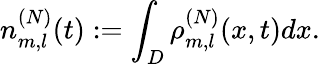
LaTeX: n_{m,l}^{(N)}(t):=\int_{D}\rho_{m,l}^{(N)}(x,t)dx.